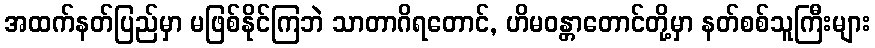
အထက်နတ်ပြည်မှာ မဖြစ်နိုင်ကြဘဲ သာတာဂိရတောင်, ဟိမဝန္တာတောင်တို့မှာ နတ်စစ်သူကြီးများ